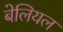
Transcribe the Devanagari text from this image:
बेलियल